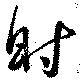
射